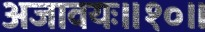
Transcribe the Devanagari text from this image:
अजावयः॥१०॥